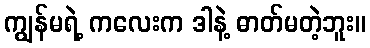
ကျွန်မရဲ့ ကလေးက ဒါနဲ့ ဓာတ်မတဲ့ဘူး။